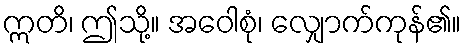
ဣတိ၊ ဤသို့။ အဝေါစုံ၊ လျှောက်ကုန်၏။